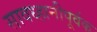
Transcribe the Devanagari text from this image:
सावध्हानीपूर्वक